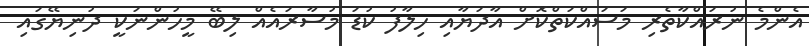
އެންމެ ނުރައްކާތެރި މަަސައްކަތްކޮށް އާދަޔާއި ހިލާފު ކުޑަ މުސާރައެއް ލިބޭ މީހުންނަކީ ދުނިޔޭގައި